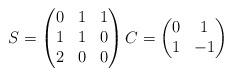
LaTeX: \begin{align*}S=\begin{pmatrix}0 & 1 & 1\\1 & 1 & 0\\2 & 0 & 0\end{pmatrix}C=\begin{pmatrix}0 & 1\\1 & -1\end{pmatrix}\end{align*}